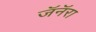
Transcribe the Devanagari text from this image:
जॅनॅरा